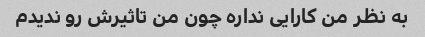
به نظر من کارایی نداره چون من تاثیرش رو ندیدم